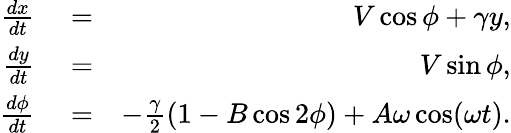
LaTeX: \begin{array}{rlr}{\frac{dx}{dt}}&{{}=}&{V\cos\phi+\gamma y,}\\ {\frac{dy}{dt}}&{{}=}&{V\sin\phi,}\\ {\frac{d\phi}{dt}}&{{}=}&{-\frac{\gamma}{2}(1-B\cos 2\phi)+A\omega\cos(\omega t).}\end{array}